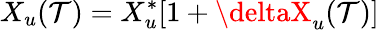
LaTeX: X_{u}(\mathcal{T})=X_{u}^{*}[1+\deltaX_{u}(\mathcal{T})]